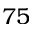
7 5